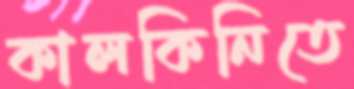
কালকিনিতে